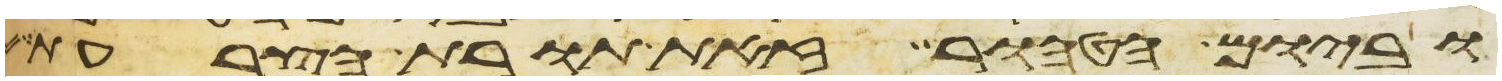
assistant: וביום הטהור זאת תורת הצרעת